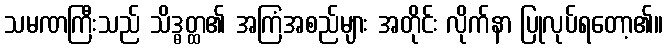
သမဏကြီးသည် သိဒ္ဓတ္ထ၏ အကြံအစည်များ အတိုင်း လိုက်နာ ပြုလုပ်ရတော့၏။